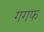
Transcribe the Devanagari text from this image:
गगफ